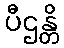
ပီဌန္တိ